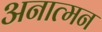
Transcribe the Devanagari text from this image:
अनात्मन